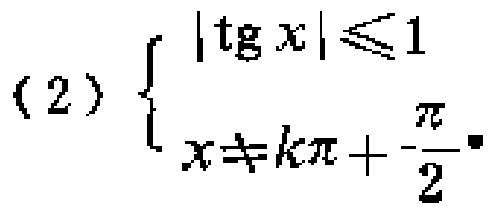
\[\text{(2)}\left\{\begin{array}{l}|\text{tg }x|\leqslant1\\x\neq k\pi+\frac{\pi}{2}\end{array}\right.\]